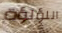
اللؤلؤة